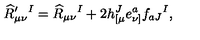
\widehat R _ { \mu \nu } ^ { \prime } { } ^ { I } = \widehat R _ { \mu \nu } { } ^ { I } + 2 h _ { [ \mu } ^ { J } e _ { \nu ] } ^ { a } f _ { a J } { } ^ { I } ,